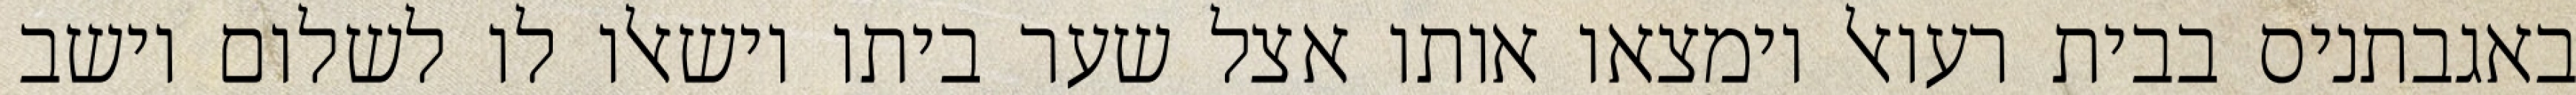
באגבתניס בבית רעואל וימצאו אותו אצל שער ביתו וישאלו לו לשלום וישב